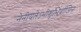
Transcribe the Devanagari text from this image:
नेनीयतेऽभीशुभिर्वाजिन